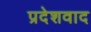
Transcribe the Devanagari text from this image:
प्रदेशवाद